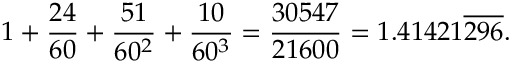
1 + { \frac { 2 4 } { 6 0 } } + { \frac { 5 1 } { 6 0 ^ { 2 } } } + { \frac { 1 0 } { 6 0 ^ { 3 } } } = { \frac { 3 0 5 4 7 } { 2 1 6 0 0 } } = 1 . 4 1 4 2 1 { \overline { { 2 9 6 } } } .